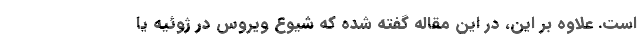
است. علاوه بر این، در این مقاله گفته شده که شیوع ویروس در ژوئیه یا